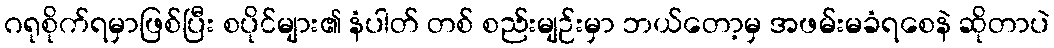
ဂရုစိုက်ရမှာဖြစ်ပြီး စပိုင်များ၏ နံပါတ် တစ် စည်းမျဉ်းမှာ ဘယ်တော့မှ အဖမ်းမခံရစေနဲ ဆိုတာပဲ